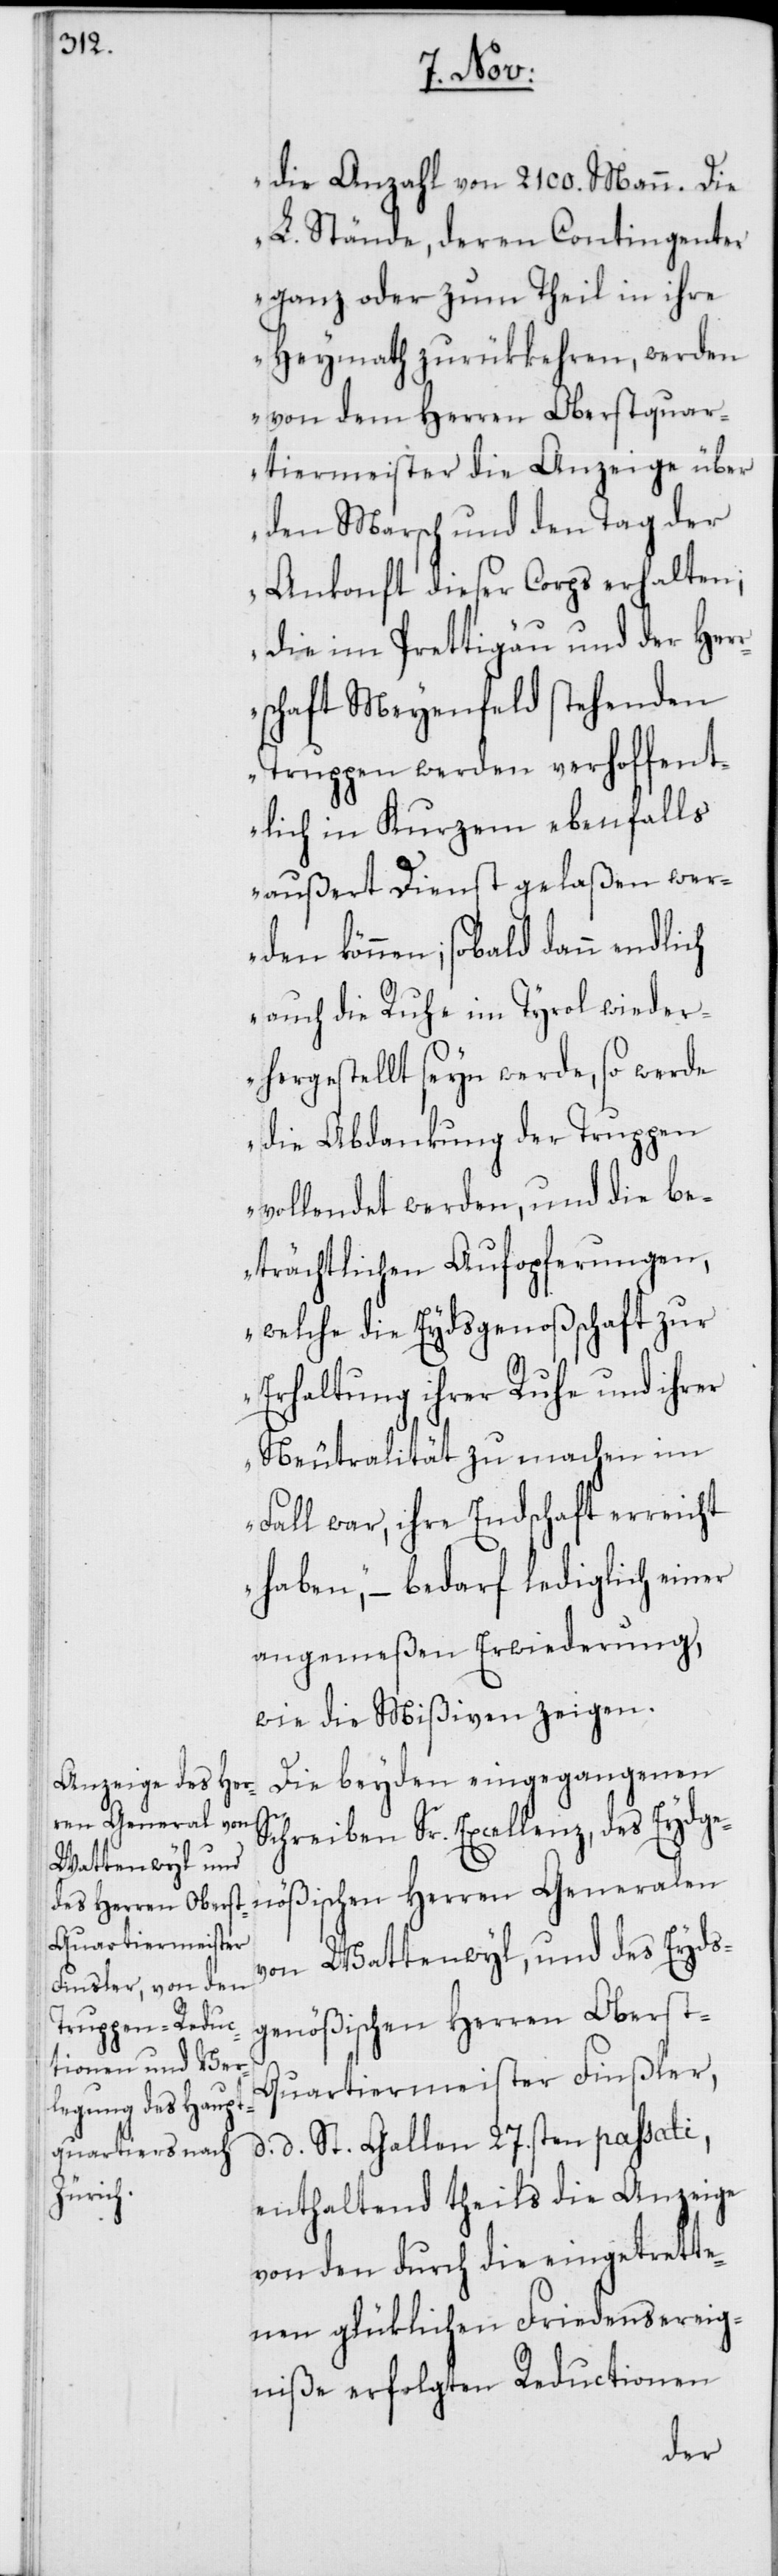
die Anzahl von 2100. Mann. Die
L. Stände, deren Contingenter
ganz oder zum Theil in ihre
Heymath zurükkehren, werden
von dem Herren Oberstquar¬
tiermeister die Anzeige über
den Marsch und den Tag der
Ankonft dieser Corps erhalten,
die im Prettigau und der Her¬
rschaft Meyenfeld stehenden
Truppen werden verhoffent¬
lich in Kurzem ebenfalls
außert Dienst gelaßen wer¬
den können; sobald dann endlich
auch die Ruhe im Tyrol wieder¬
hergestellt seyn werde, so werde
die Abdankung der Truppen
vollendet werden, und die be¬
trächtlichen Aufopferungen,
welche die Eydsgenoßenschaft zur
Erhaltung ihrer Ruhe und ihrer
Neutralität zu machen im
Fall war, ihre Endschaft erreicht
haben,“ – bedarf lediglich einer
wie die Mißiven zeigen.
Die beyden eingegangenen
Schreiben Sr. Excellenz, des Eydsge¬
nößischen Herren Generalen
von Wattenwyl, und des Eyds¬
genößischen Herren Oberst-Q¬
uartiermeister Finsler,
d. d. St. Gallen 27sten passati,
enthaltend theils die Anzeige
von den durch die eingetrette¬
nen glüklichen Friedensereig¬
niße erfolgten Reductionen